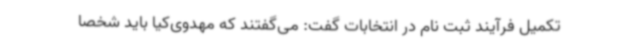
تکمیل فرآیند ثبت نام در انتخابات گفت: می‌گفتند که مهدوی‌کیا باید شخصا